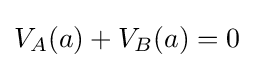
V_{A}(a)+V_{B}(a)=0